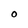
Character: O